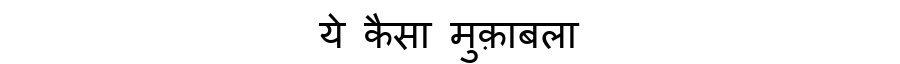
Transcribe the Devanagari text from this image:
ये कैसा मुक़ाबला